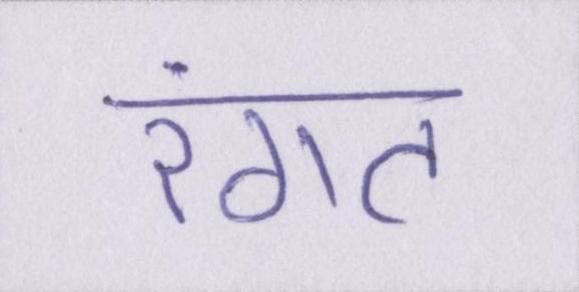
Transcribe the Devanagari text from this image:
रंगत